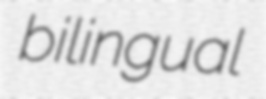
bilingual